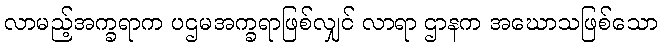
လာမည့်အက္ခရာက ပဌမအက္ခရာဖြစ်လျှင် လာရာ ဌာနက အဃောသဖြစ်သော